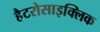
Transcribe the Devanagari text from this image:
हैटरोसाइक्लिक